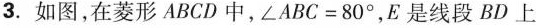
3. 如图，在菱形ABCD中，$$\angle ABC=80^{\circ}$$，E是线段BD上